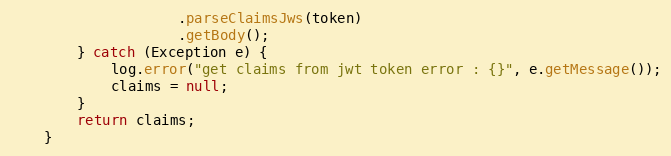
Language: Java
                    .parseClaimsJws(token)
                    .getBody();
        } catch (Exception e) {
            log.error("get claims from jwt token error : {}", e.getMessage());
            claims = null;
        }
        return claims;
    }